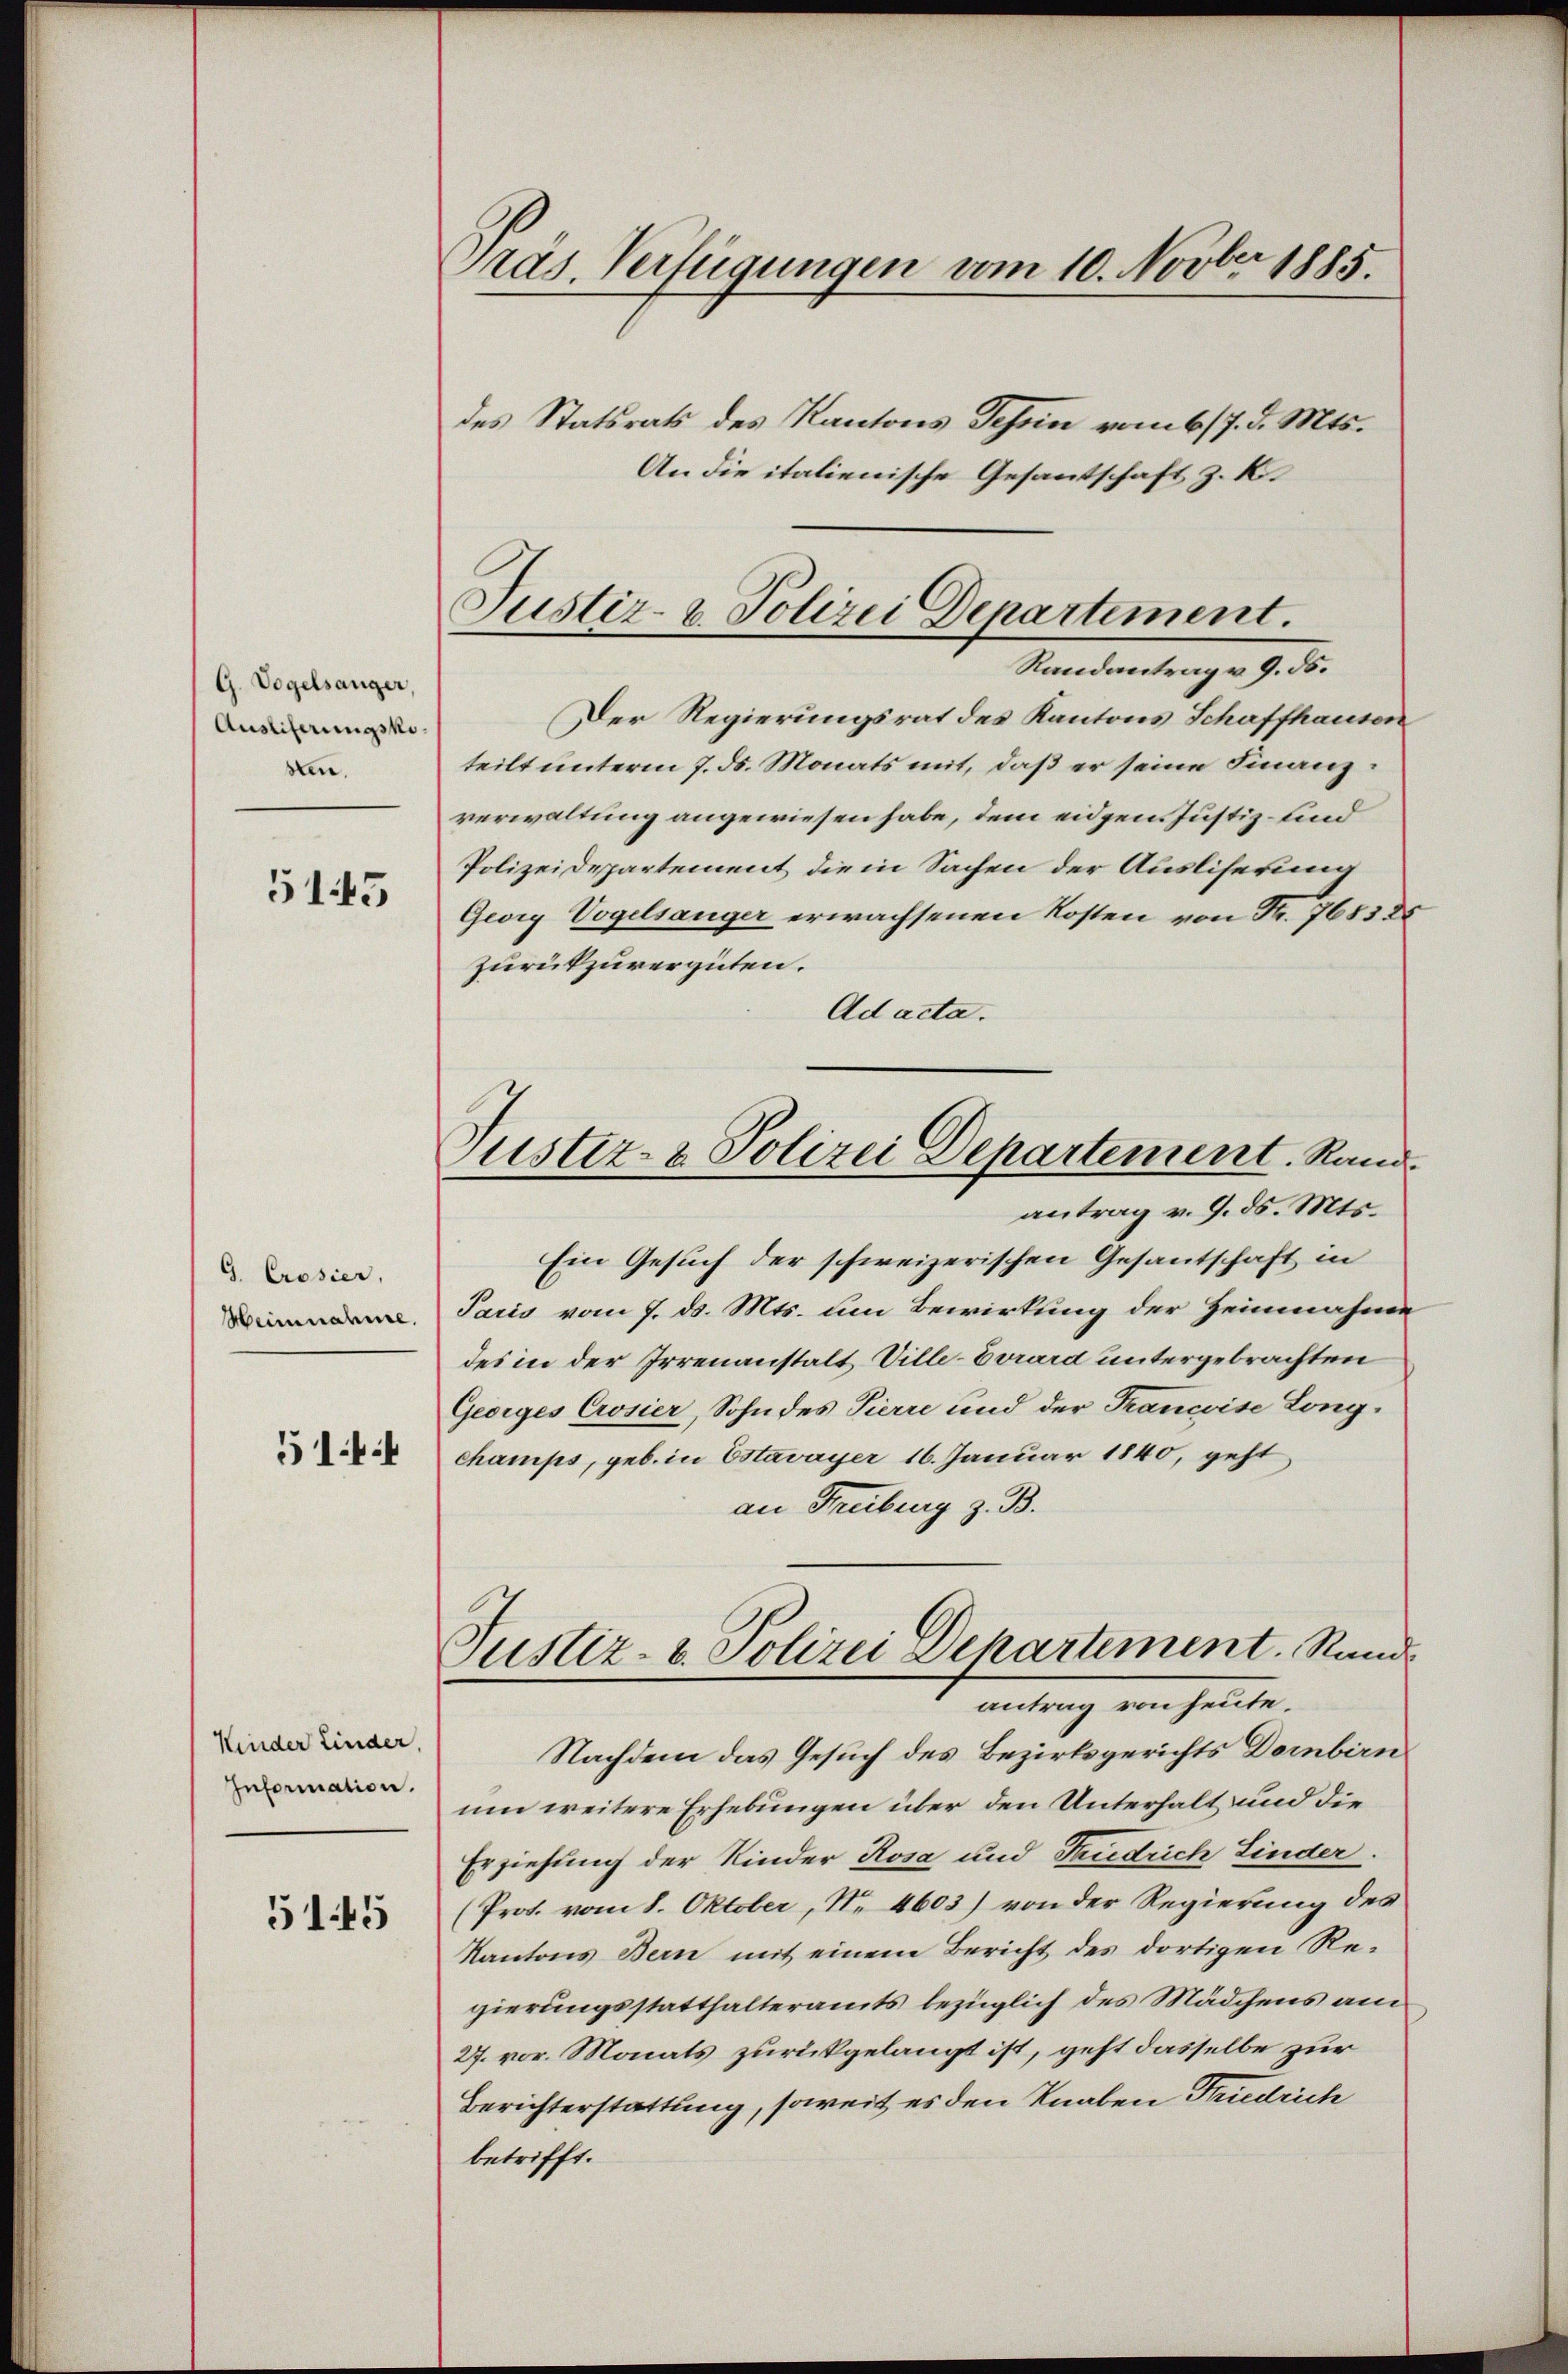
G. Vogelsanger,
Auslieferungskosten.

5145

G. Crosier,
Heinnahme.
5144

Kinder Linder,
Information.

5145

Präs. Verfügungen vom 10. Novber 1885.

des Statsrats des Kantons Schin vom 6/7. d. Mts.
An die italienische Gesantschaft z. K.

Justiz- & Polizei Departement.
Randantrag v. 9. ds.

Der Regierungsrat des Kantons Schaffhausen
teilt unterm 7. ds. Monats mit, daß er seine Finanzverwaltung angewiesen habe, dem eidgen Justiz- und
Polizeidepartement die in Sachen der Ausliserung
Georg Vogelsanger erwachsenen Kosten von Fr. 768585
zurückzuvergüten.
Ad acta.
Ein Gesuch der schweizerischen Gesantschaft in
Paris vom 7. ds. Mts. um Bewirkung der Heinnahme
des in der Irrenanstalt Ville-Evrard untergebrachten
Geoiges Crosier, Sohn des Pierre und der Francoise Long-
champs, geb. in Estavayer 16. Januar 1840, geht
an Freiburg z. B.
Justiz- u. Polizei Departement. Rand
antrag von heute.
Nachdem das Gesuch des Bezirksgerichts Dornbirn
um weitere Erhebungen über den Unterhalt und die
Erziehung der Kinder Rosa und Trendrich Linder.
(Prot. vom 8. Oktober, N. 4603) von der Regierung des
Kantons Bern mit einem Bericht des dortigen Re-
gierungsstatthalteramts bezüglich des Mädchens am
27. vor. Monats zurückgelangt ist, geht dasselbe zur
Berichterstattung, soweit es den Knaben Friedrich
betrifft.

Justiz- & Polizei Departement. Rand
antrag v. 9. d. Mts.